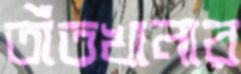
তাঁতখানার